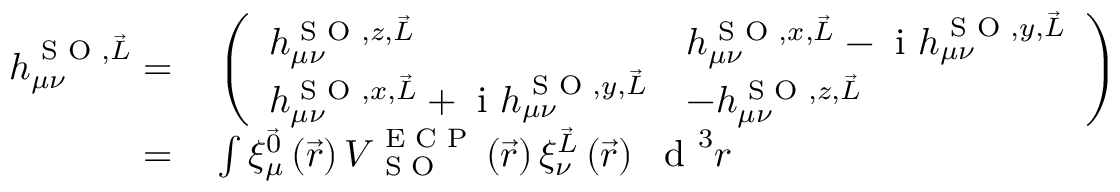
\begin{array} { r l } { \boldsymbol { h } _ { \mu \nu } ^ { \textrm { S O } , \vec { L } } = } & { { } \left( \begin{array} { l l } { h _ { \mu \nu } ^ { \textrm { S O } , z , \vec { L } } } & { h _ { \mu \nu } ^ { \textrm { S O } , x , \vec { L } } - \mathrm { ~ i ~ } h _ { \mu \nu } ^ { \textrm { S O } , y , \vec { L } } } \\ { h _ { \mu \nu } ^ { \textrm { S O } , x , \vec { L } } + \mathrm { ~ i ~ } h _ { \mu \nu } ^ { \textrm { S O } , y , \vec { L } } } & { - h _ { \mu \nu } ^ { \textrm { S O } , z , \vec { L } } } \end{array} \right) } \\ { = } & { { } \int \xi _ { \mu } ^ { \vec { 0 } } \left( \vec { r } \right) \boldsymbol { V } _ { \textrm { S O } } ^ { \textrm { E C P } } \left( \vec { r } \right) \xi _ { \nu } ^ { \vec { L } } \left( \vec { r } \right) ~ \textrm { d } ^ { 3 } r } \end{array}